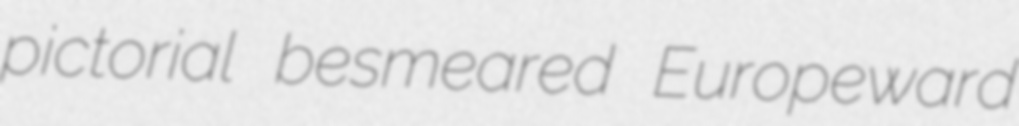
pictorial besmeared Europeward